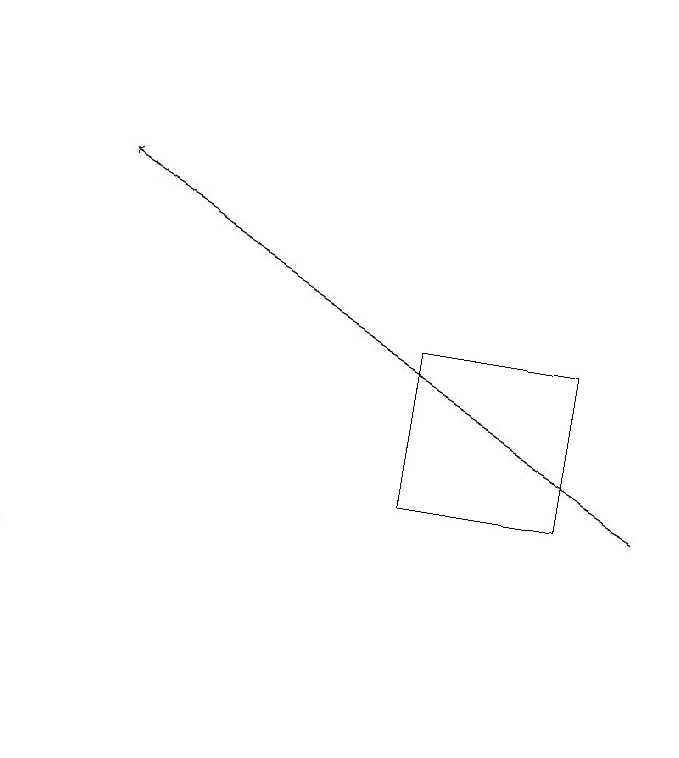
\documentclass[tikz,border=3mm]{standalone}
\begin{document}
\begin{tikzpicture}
\draw (5,13) rectangle (7,15);
\draw[->] (0,19) -- (1,19);
\draw (0,12) rectangle (0,10);
\draw[->] (8,13) -- (1,17);
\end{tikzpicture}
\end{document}